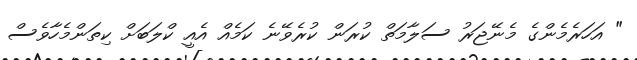
" އަހަރެމެންގެ މެނޭޖަރު ސަލާމަތް ކުރަން ކުރެވޭނެ ކަމެއް އެއީ ކްލަބަށް ކިތަންމެހާވެސް